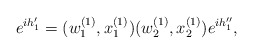
\begin{align*}e^{ih_1'}=(w^{(1)}_1,x^{(1)}_1)(w^{(1)}_2,x^{(1)}_2)e^{ih_1''},\end{align*}